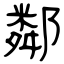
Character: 鄰